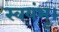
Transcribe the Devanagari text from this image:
स्वयंभू।